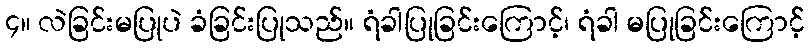
၄။ လဲခြင်းမပြုပဲ ခံခြင်းပြုသည်။ ရံခါပြုခြင်းကြောင့်၊ ရံခါ မပြုခြင်းကြောင့်